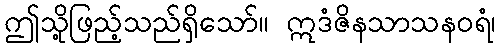
ဤသို့ဖြည့်သည်ရှိသော်။ ဣဒံဇိနသာသနဝရံ၊